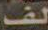
لف